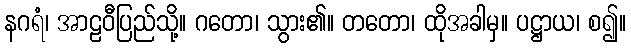
နဂရံ၊ အာဠဝီပြည်သို့။ ဂတော၊ သွား၏။ တတော၊ ထိုအခါမှ။ ပဋ္ဌာယ၊ စ၍။